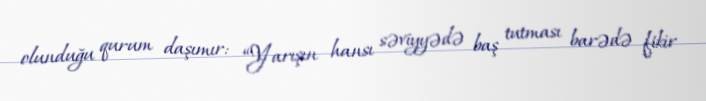
olunduğu qurum daşımır: “Yarışın hansı səviyyədə baş tutması barədə fikir